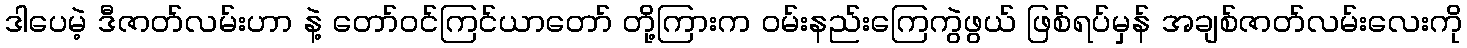
ဒါပေမဲ့ ဒီဇာတ်လမ်းဟာ နဲ့ တော်ဝင်ကြင်ယာတော် တို့ကြားက ဝမ်းနည်းကြေကွဲဖွယ် ဖြစ်ရပ်မှန် အချစ်ဇာတ်လမ်းလေးကို